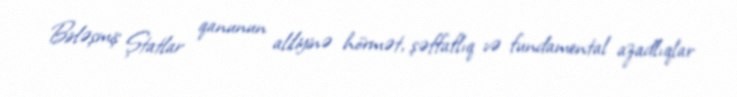
Birləşmiş Ştatlar qanunun aliliyinə hörmət, şəffaflıq və fundamental azadlıqlar